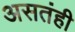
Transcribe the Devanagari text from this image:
असतंही